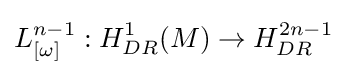
L_{[\omega ]}^{n-1}:H_{DR}^{1}(M)\to H_{DR}^{2n-1}